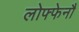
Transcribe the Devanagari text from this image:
लोफ्फेनौ